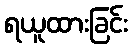
ရယူထားခြင်း